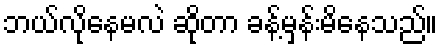
ဘယ်လိုနေမလဲ ဆိုတာ ခန့်မှန်းမိနေသည်။